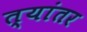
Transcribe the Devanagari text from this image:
त्यांतर